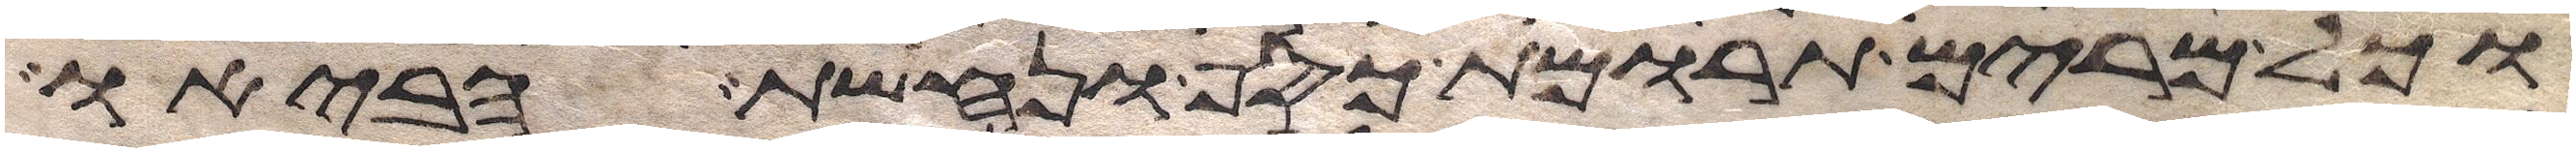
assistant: וכל מרים תרומת כסף ונחשת הביאו